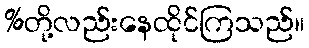
%တို့လည်းနေထိုင်ကြသည်။